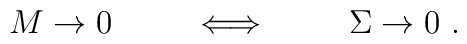
M \rightarrow 0 \hskip 1 cm  \Longleftrightarrow   \hskip 1 cm  \Sigma\rightarrow 0 \ .